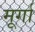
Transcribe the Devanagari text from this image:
मूर्गा